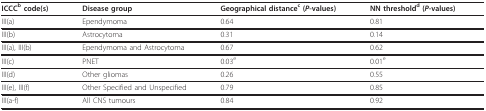
<table><thead><tr><td><b>ICCC<sup>b </sup>code(s)</b></td><td><b>Disease group</b></td><td><b>Geographical distance<sup>c </sup>(<i>P</i>-values)</b></td><td><b>NN threshold<sup>d </sup>(<i>P</i>-values)</b></td></tr></thead><tbody><tr><td>III(a)</td><td>Ependymoma</td><td>0.64</td><td>0.81</td></tr><tr><td>III(b)</td><td>Astrocytoma</td><td>0.31</td><td>0.14</td></tr><tr><td>III(a), III(b)</td><td>Ependymoma and Astrocytoma</td><td>0.67</td><td>0.62</td></tr><tr><td>III(c)</td><td>PNET</td><td>0.03<sup>e</sup></td><td>0.01<sup>e</sup></td></tr><tr><td>III(d)</td><td>Other gliomas</td><td>0.26</td><td>0.55</td></tr><tr><td>III(e), III(f)</td><td>Other Specified and Unspecified</td><td>0.79</td><td>0.85</td></tr><tr><td>III(a-f)</td><td>All CNS tumours</td><td>0.84</td><td>0.92</td></tr></tbody></table>